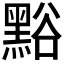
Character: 𪑌